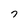
Character: 7